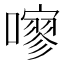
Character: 𱕐